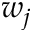
w _ { j }